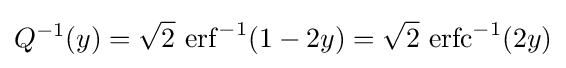
Q^{-1}(y)={\sqrt {2}}\ \mathrm {erf} ^{-1}(1-2y)={\sqrt {2}}\ \mathrm {erfc} ^{-1}(2y)